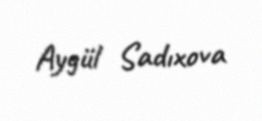
Aygül Sadıxova